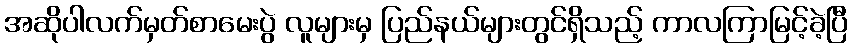
အဆိုပါလက်မှတ်စာမေးပွဲ လူများမှ ပြည်နယ်များတွင်ရှိသည့် ကာလကြာမြင့်ခဲ့ပြီ